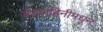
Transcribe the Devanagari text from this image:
अंडवाहिनीमधून